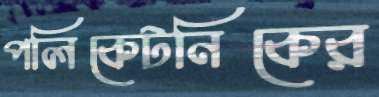
পলিকেটনিকের